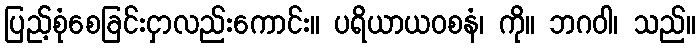
ပြည့်စုံစေခြင်းငှာလည်းကောင်း။ ပရိယာယဝစနံ၊ ကို။ ဘဂဝါ၊ သည်။